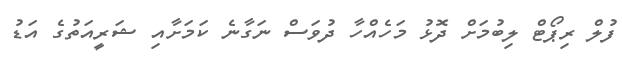
ފުލް ރިޕޯޓް ލިބުމަށް ދޮޅު މަހެއްހާ ދުވަސް ނަގާނެ ކަމަށާއި ޝަރީއަތުގެ އަޑު